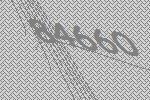
84660